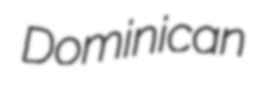
Dominican